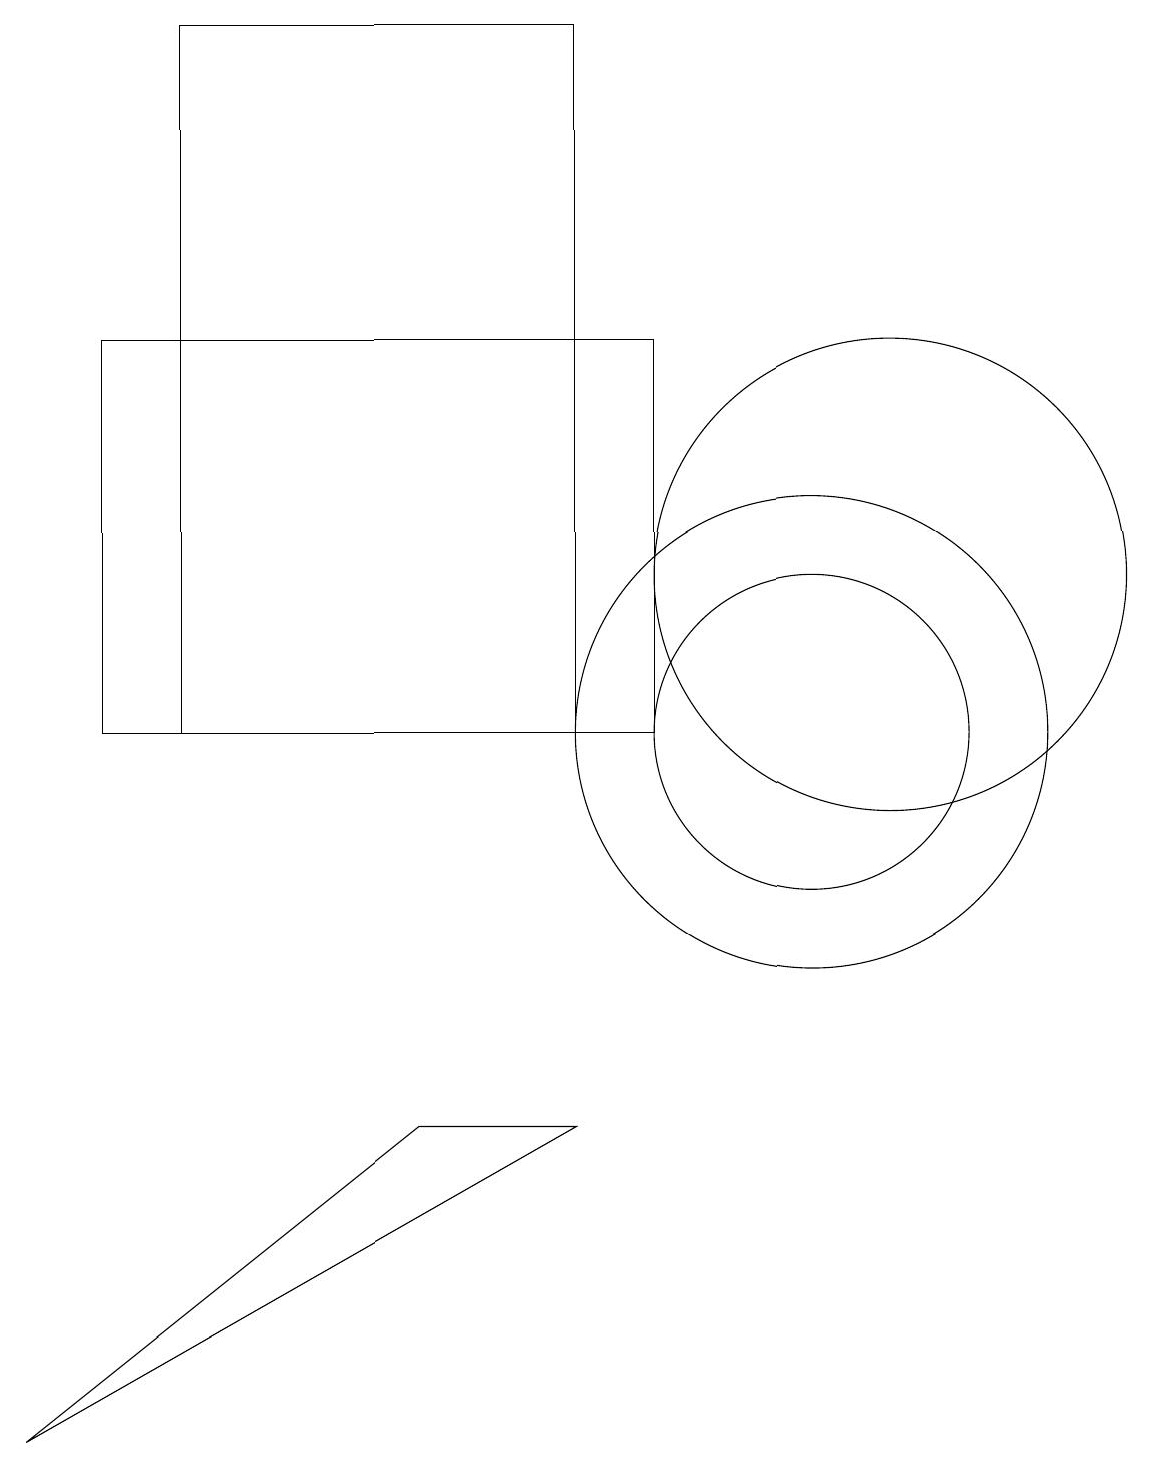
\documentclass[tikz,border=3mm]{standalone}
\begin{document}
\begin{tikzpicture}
\draw (10,10) circle (3);
\draw (7,19) rectangle (2,10);
\draw (11,12) circle (3);
\draw (10,10) circle (2);
\draw (8,10) rectangle (1,15);
\draw (7,5) -- (5,5) -- (0,1) -- cycle;
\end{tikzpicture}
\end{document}